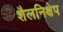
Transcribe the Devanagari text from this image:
शैलनिक्षेप